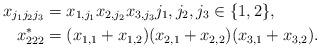
LaTeX: \begin{align*}x_{j_1j_2j_3} &= x_{1,j_1}x_{2,j_2}x_{3,j_3} j_1,j_2,j_3\in\{1,2\},\\x_{222}^* &= (x_{1,1}+x_{1,2})(x_{2,1}+x_{2,2})(x_{3,1}+x_{3,2}).\end{align*}